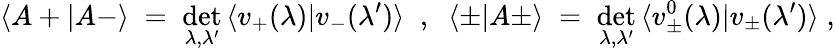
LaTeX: \langle A+|A-\rangle\; =\; \operatorname*{det}_{\lambda,\lambda^{\prime}}\, \langle v_{+}(\lambda)|v_{-}(\lambda^{\prime})\rangle\; \; ,\; \; \langle\pm|A\pm\rangle\; =\; \operatorname*{det}_{\lambda,\lambda^{\prime}}\, \langle v_{\pm}^{0}(\lambda)|v_{\pm}(\lambda^{\prime})\rangle\; ,